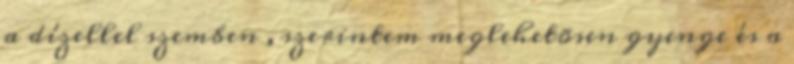
a dízellel szemben , szerintem meglehetõsen gyenge és a